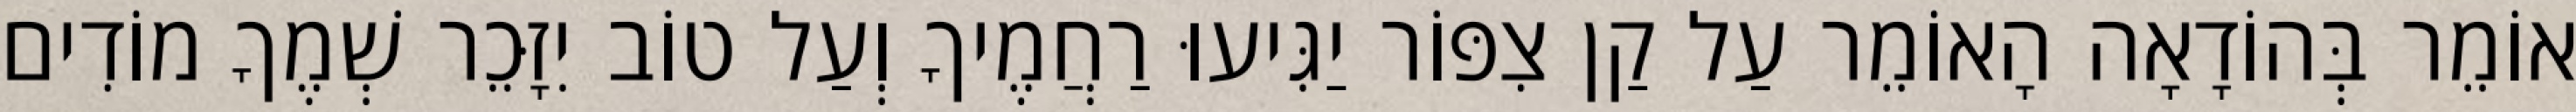
אוֹמֵר בְּהוֹדָאָה הָאוֹמֵר עַל קַן צִפּוֹר יַגִּיעוּ רַחֲמֶיךָ וְעַל טוֹב יִזָּכֵר שְׁמֶךָ מוֹדִים